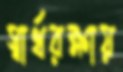
স্বার্থরক্ষায়